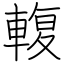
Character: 輹